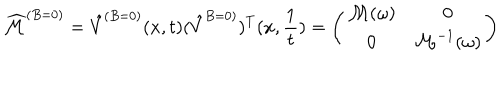
LaTeX: \widehat { { \cal M } } ^ { ( B = 0 ) } = \hat { V } ^ { ( B = 0 ) } ( x , t ) ( \hat { V } ^ { B = 0 ) } ) ^ { T } ( x , { \frac { 1 } { t } } ) = \left( \begin{array} { c c } { { { \cal M } ( \omega ) } } & { { 0 } } \\ { { 0 } } & { { { \cal M } ^ { - 1 } ( \omega ) } } \\ \end{array} \right)